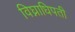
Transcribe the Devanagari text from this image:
विघ्नाधिपती